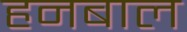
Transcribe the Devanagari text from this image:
हनबाल